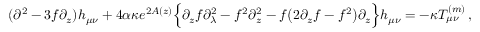
( \partial ^ { 2 } - 3 f \partial _ { z } ) h _ { \mu \nu } + 4 \alpha \kappa e ^ { 2 A ( z ) } \Big \{ \partial _ { z } f \partial _ { \lambda } ^ { 2 } - f ^ { 2 } \partial _ { z } ^ { 2 } - f \big ( 2 \partial _ { z } f - f ^ { 2 } \big ) \partial _ { z } \Big \} h _ { \mu \nu } = - \kappa T _ { \mu \nu } ^ { ( m ) } \, ,